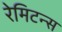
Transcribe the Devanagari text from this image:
रेमिटन्स